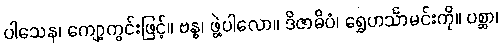
ပါသေန၊ ကျော့ကွင်းဖြင့်။ ဗန္ဓ၊ ဖွဲ့ပါလော။ ဒိဇာဓိပံ၊ ရွှေဟင်္သာမင်းကို။ ပစ္ဆာ၊